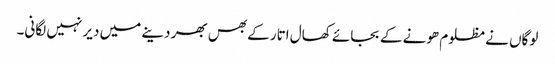
لوگاں نے مظلوم ھونے کے بجائے کھال اتار کے بھس بھر دینے میں دیر نہیں لگانی۔